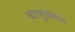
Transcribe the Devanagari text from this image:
बाभुळबन